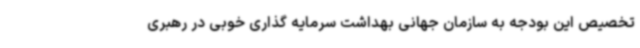
تخصیص این بودجه به سازمان جهانی بهداشت سرمایه گذاری خوبی در رهبری